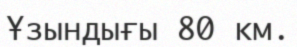
Ұзындығы 80 км.